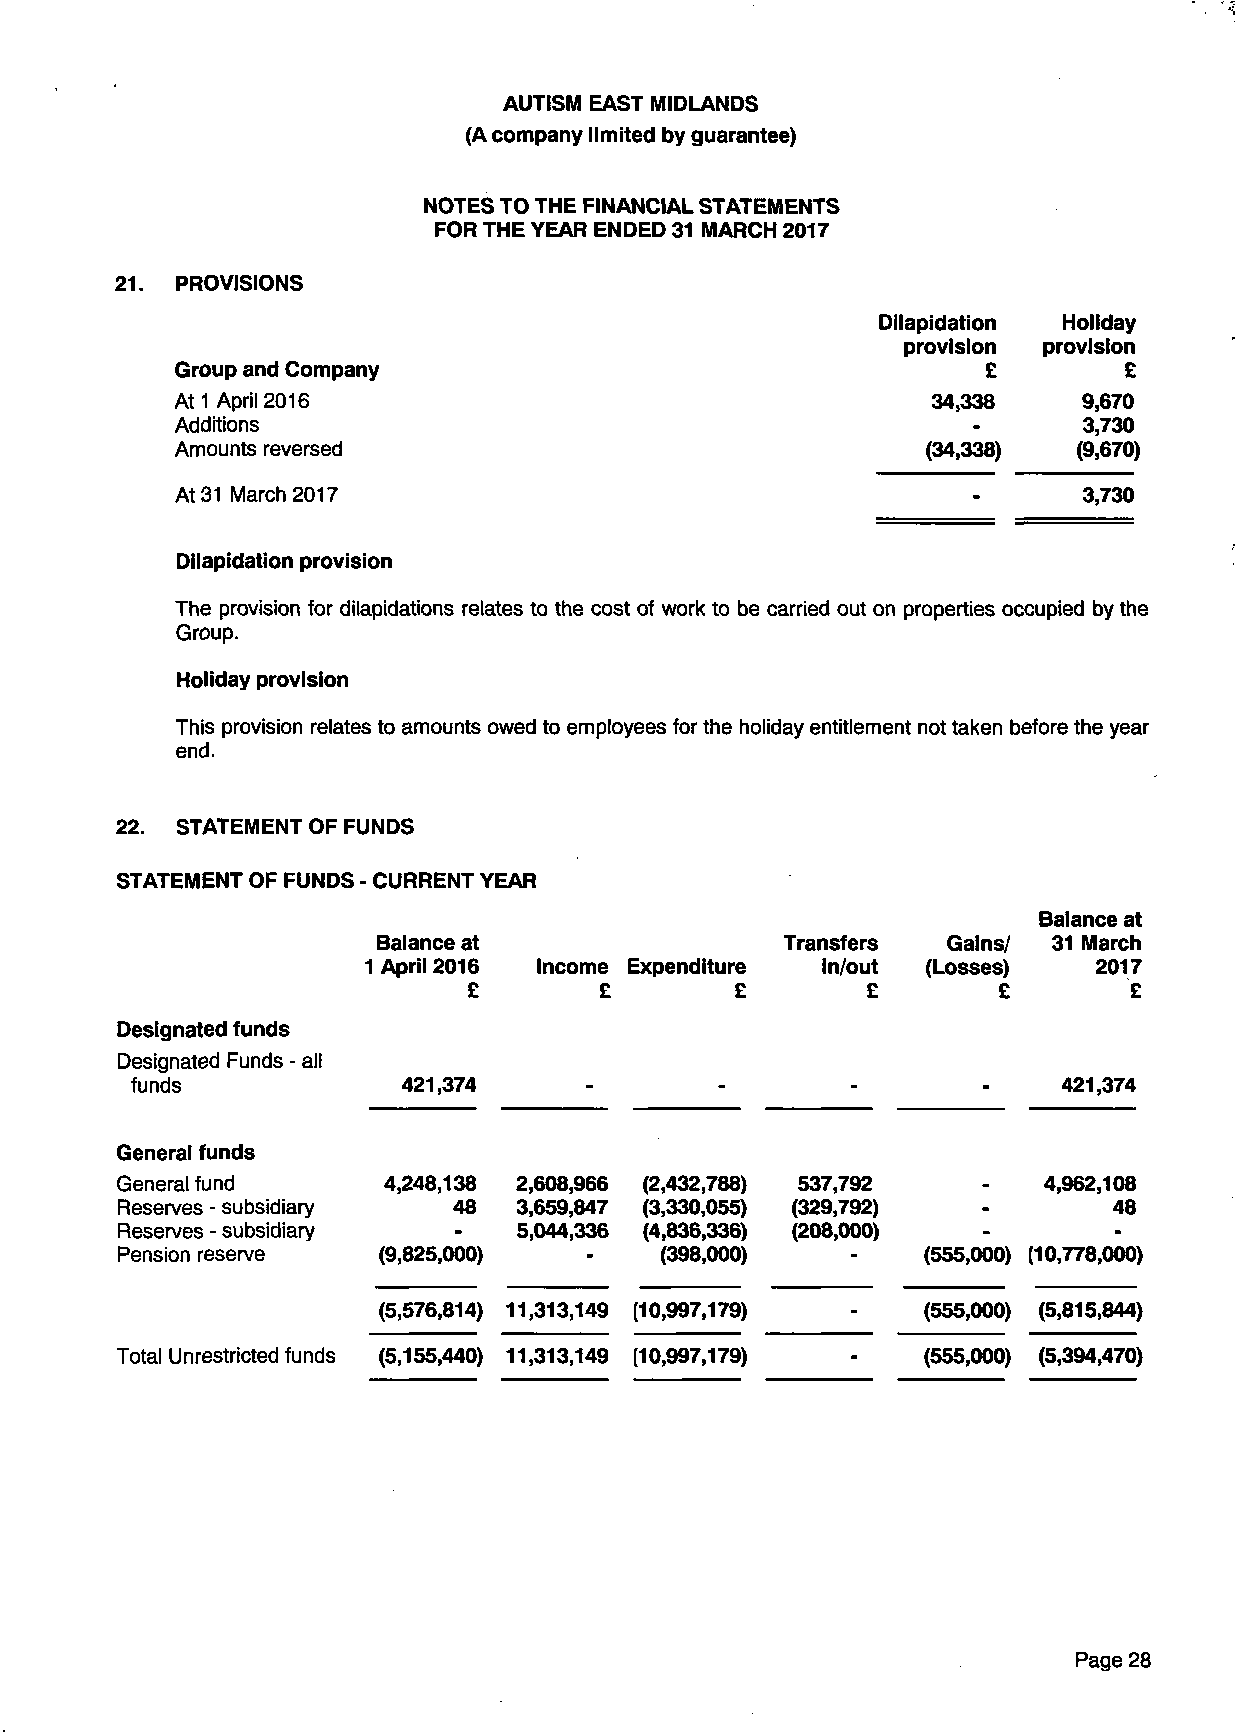
AUTISM EAST MIDLANDS
 (A company limited by guarantee)
 NOTES TO THE FINANCIAL STATEMENTS
 FOR THE YEAR ENDED 31 MARCH 2017
 21. PROVISIONS
 Dilapidation Holiday
 provision provision
 Group and Company                                    £        £
 At1 April 2016                                              9,670
 34,338
 Additions                                                   3,730
 Amounts reversed                                           (9,670)
 (34,338)
 3,730
 At 31 March 2017
 Dilapidation provision
 The provision for dilapidations relates to the cost of work to be carried out on properties occupied by the
 Group.
 Holiday provision
 This provision relates to amounts owed to employees for the holiday entitlement not taken before the year
 end.
 22. STATEMENT OF FUNDS
 STATEMENT OF FUNDS - CURRENT YEAR
 Balance at
 Balance at                 Transfers  Gains/ 31 March
 1 April 2016 Income Expenditure in/out (Losses) 2017
 £        £        £       £        £        £
 Designated funds
 Designated Funds - all
 funds             421,374     -        -       -        -    421,374
 General funds
 General fund     4,248,138 2,608,966 (2,432,788) 537,792     4,962,108
 Reserves - subsidiary 48  3,659,847 (3,330,055) (329,792)         48
 Reserves - subsidiary     5,044,336 (4,836,336) (208,000)
 Pension reserve  (9,825,000)        (398,000)        (555,000) (10,778,000)
 (5,576,814) 11,313,149 (10,997,179) - (555,000) (5,815,844)
 Total Unrestricted funds (5,155,440) 11,313,149 (10,997,179) - (555,000) (5,394,470)
 Page 28